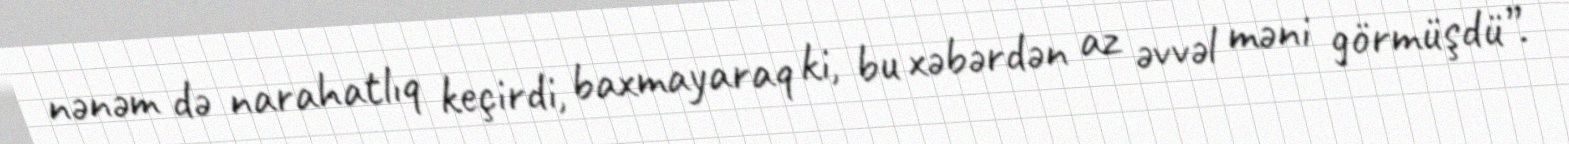
nənəm də narahatlıq keçirdi, baxmayaraq ki, bu xəbərdən az əvvəl məni görmüşdü”.